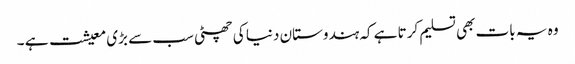
وہ یہ بات بھی تسلیم کرتا ہے کہ ہندوستان دنیا کی چھٹی سب سے بڑی معیشت ہے ۔